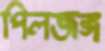
পিলজঙ্গ